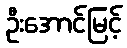
ဦးအောင်မြင့်